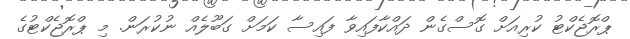
ޕްރޮޖެކްޓު ކުރިއަށް ގޮސްގެން ދައްކާފައިވާ ފައިސާ ކަމަށް ގަބޫލެއް ނުކުރަން. މި ޕްރޮޖެކްޓުގެ